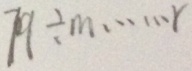
7 9 \div m \cdots r